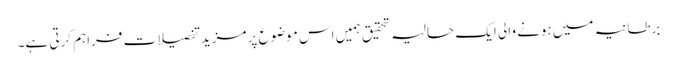
برطانیہ میں ہونے والی ایک حالیہ تحقیق ہمیں اس موضوع پر مزید تفصیلات فراہم کرتی ہے۔